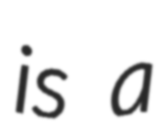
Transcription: is a